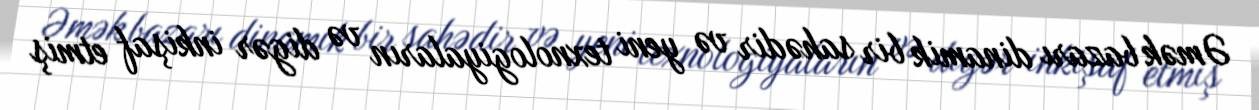
Əmək bazarı dinamik bir sahədir və yeni texnologiyaların və digər inkişaf etmiş